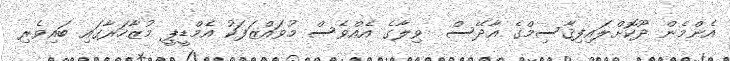
އެންމެން ދޫކޮށްލައިފިޤާސިމްގެ އާދޭސް  ވިލާގެ އެއްވެސް މުވައްޒަފަކު އެމްޑީޕީ މުޒާހަރާގައި ބައިވެރި